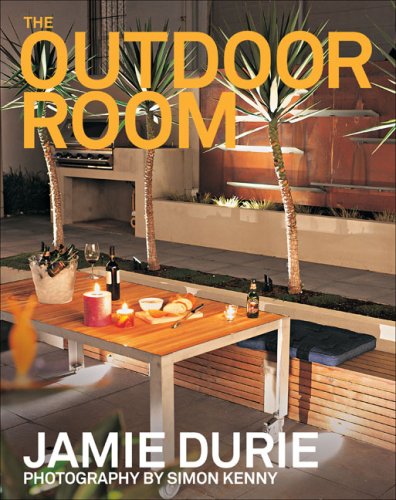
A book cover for The Outdoor Room; Jamie Durie; Crafts, Hobbies & Home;